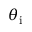
\theta _ { \mathrm { i } }